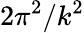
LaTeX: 2\pi^{2}/k^{2}